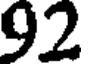
92